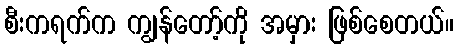
စီးကရက်က ကျွန်တော့်ကို အမှား ဖြစ်စေတယ်။